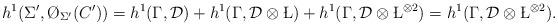
LaTeX: \begin{align*}h^1(\Sigma', \O_{\Sigma'}(C'))=h^1(\Gamma, \mathcal D)+h^1(\Gamma,\mathcal D\otimes \L)+h^1(\Gamma, \mathcal D \otimes \L^{\otimes 2})=h^1(\Gamma, \mathcal D \otimes \L^{\otimes 2}).\end{align*}